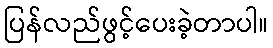
ပြန်လည်ဖွင့်ပေးခဲ့တာပါ။